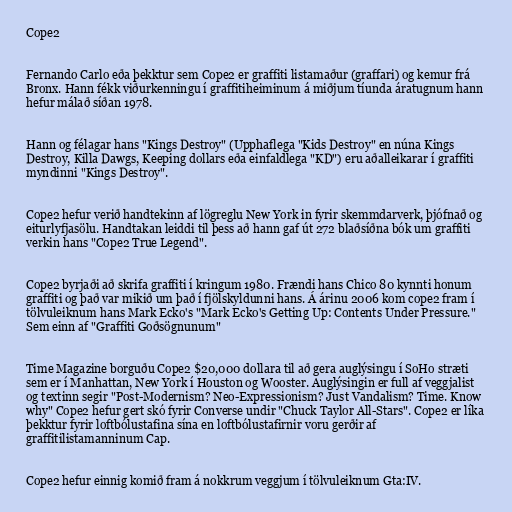
Cope2

Fernando Carlo eða þekktur sem Cope2 er graffiti listamaður (graffari) og kemur frá
Bronx. Hann fékk viðurkenningu í graffitiheiminum á miðjum tíunda áratugnum hann
hefur málað síðan 1978.

Hann og félagar hans "Kings Destroy" (Upphaflega "Kids Destroy" en núna Kings
Destroy, Killa Dawgs, Keeping dollars eða einfaldlega "KD") eru aðalleikarar í graffiti
myndinni "Kings Destroy".

Cope2 hefur verið handtekinn af lögreglu New York in fyrir skemmdarverk, þjófnað og
eiturlyfjasölu. Handtakan leiddi til þess að hann gaf út 272 blaðsíðna bók um graffiti
verkin hans "Cope2 True Legend".

Cope2 byrjaði að skrifa graffiti í kringum 1980. Frændi hans Chico 80 kynnti honum
graffiti og það var mikið um það í fjölskyldunni hans. Á árinu 2006 kom cope2 fram í
tölvuleiknum hans Mark Ecko's "Mark Ecko's Getting Up: Contents Under Pressure."
Sem einn af "Graffiti Goðsögnunum"

Time Magazine borguðu Cope2 $20,000 dollara til að gera auglýsingu í SoHo stræti
sem er í Manhattan, New York í Houston og Wooster. Auglýsingin er full af veggjalist
og textinn segir "Post-Modernism? Neo-Expressionism? Just Vandalism? Time. Know
why" Cope2 hefur gert skó fyrir Converse undir "Chuck Taylor All-Stars". Cope2 er líka
þekktur fyrir loftbólustafina sína en loftbólustafirnir voru gerðir af
graffitilistamanninum Cap.

Cope2 hefur einnig komið fram á nokkrum veggjum í tölvuleiknum Gta:IV.